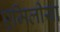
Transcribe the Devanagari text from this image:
एमिलीया